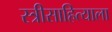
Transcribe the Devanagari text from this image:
स्त्रीसाहित्याला